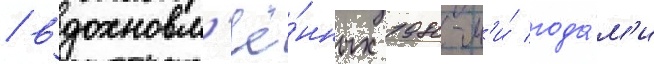
/ вдохновл'ё́нных 1980-м'и́ года́м'и